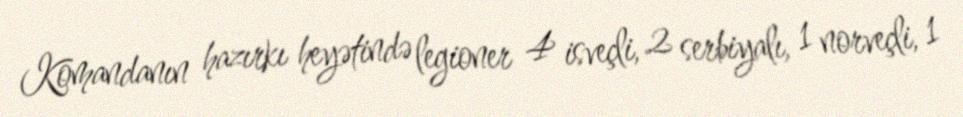
Komandanın hazırkı heyətində legioner 4 isveçli, 2 serbiyalı, 1 norveçli, 1